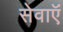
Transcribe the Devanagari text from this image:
सेवाऍं